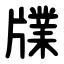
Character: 㸣